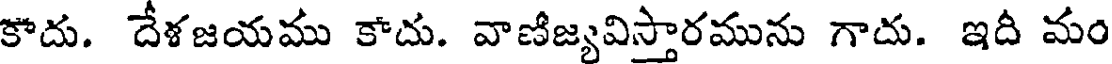
కాదు. దేళజయము కాదు. వాణిజ్యవిస్తారమును గాదు. ఇదీ మం